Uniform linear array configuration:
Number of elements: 16
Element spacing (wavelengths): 0.25
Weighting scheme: hann
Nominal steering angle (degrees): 0
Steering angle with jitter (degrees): -0.749
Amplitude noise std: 0.05
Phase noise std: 0.05

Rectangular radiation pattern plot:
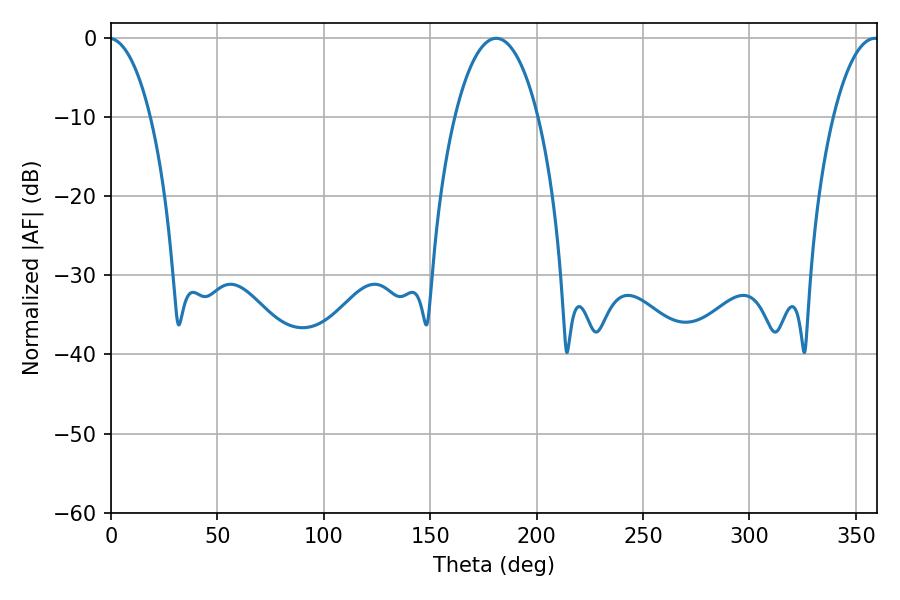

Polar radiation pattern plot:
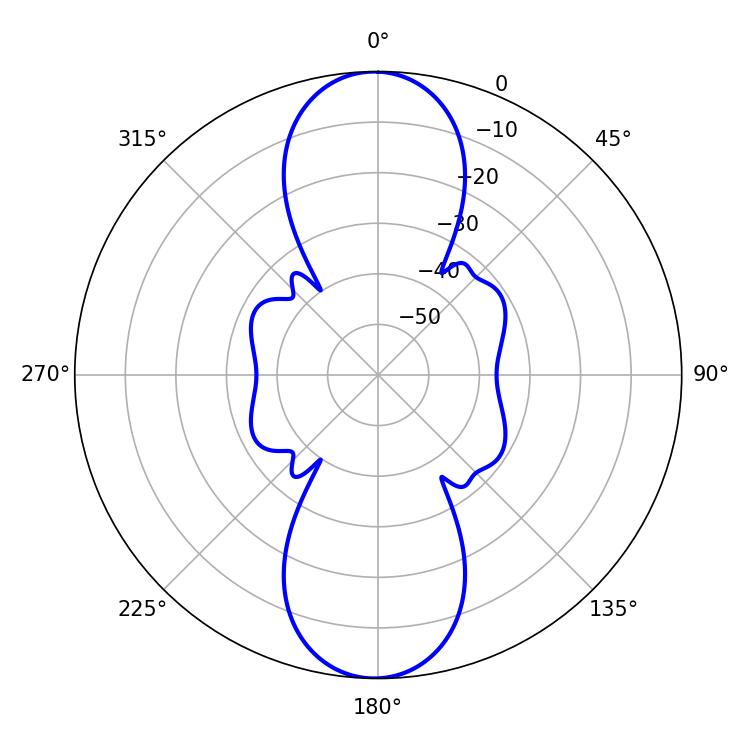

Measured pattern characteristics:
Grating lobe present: FALSE
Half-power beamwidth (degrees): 21.96
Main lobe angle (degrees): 181.08